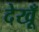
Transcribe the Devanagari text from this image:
देखूँ